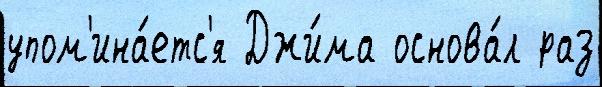
упом'ина́етс'я Джи́ма основа́л раз